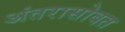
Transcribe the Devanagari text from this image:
अंतरासोबत